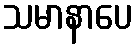
သမာနာပေ